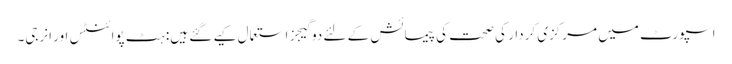
اسپورٹ میں مرکزی کردار کی صحت کی پیمائش کے لئے دو گیجز استعمال کیے گئے ہیں: ہٹ پوائنٹس اور انرجی۔